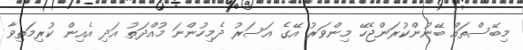
މިބޭސްތައް ބޭނުންކުރަންޖެހޭ މިންވަރު އޭގެ އަސަރު ދެމިހުންނަ މުއްދަތު އަދި އެއިން ކުރިމަތިވާ